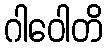
ဂါဝေါတိ